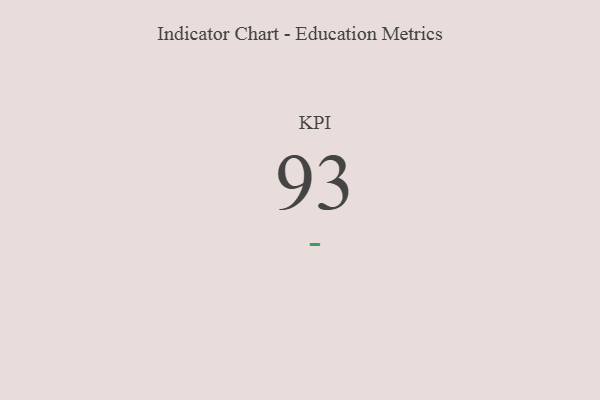
{"axis": {"x": "KPI", "y": "Value"}, "legend": [""], "data": [{"x": "KPI", "y": 93, "type": ""}]}